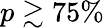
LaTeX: p\gtrsim 75\%